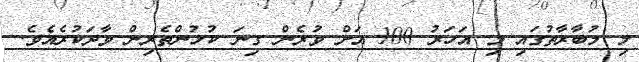
މި މުބާރާތުގައި މި އަހަރު 100 އަށް ވުރެން ގިނަ ކުޅުންތެރިން ވާދަކުރެއެވެ.